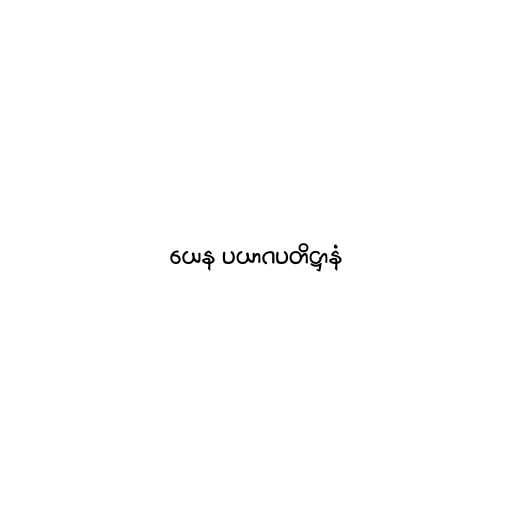
ယေန ပယာဂပတိဋ္ဌာနံ